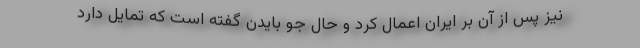
نیز پس از آن بر ایران اعمال کرد و حال جو بایدن گفته است که تمایل دارد